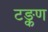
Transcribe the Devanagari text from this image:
टङ्कण